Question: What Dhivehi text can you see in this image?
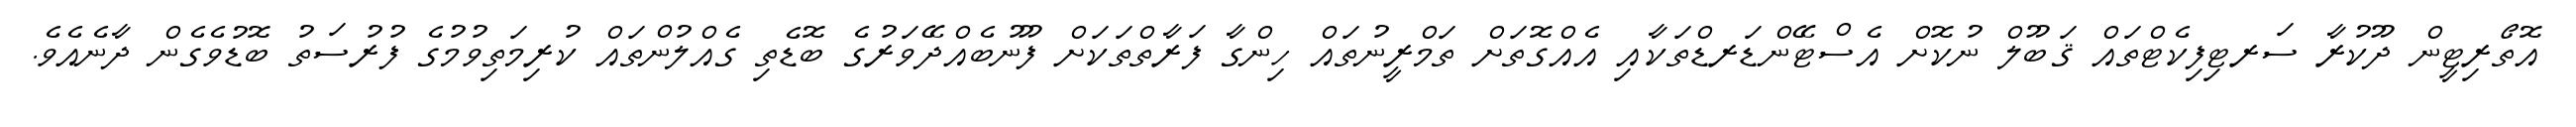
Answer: އޮތޯރިޓީން ދޫކުރާ ސަރޓިފިކެޓްތައް ޤަބޫލް ނުކޮށް އެސްޓޭންޑަރޑްތަކާއި އެއްގޮތަށް ތަމްރީނުތައް ހިންގާ ފަރާތްތަކަށް ފޫނުބެއްދޭވަރުގެ ބޮޑެތި ގެއްލުންތައް ކުރިމަތިވުމުގެ ފުރުސަތު ބޮޑުވެގެން ދާނެއެވެ.